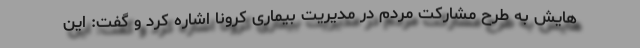
هایش به طرح مشارکت مردم در مدیریت بیماری کرونا اشاره کرد و گفت: این